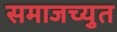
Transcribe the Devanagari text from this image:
समाजच्युत